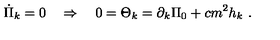
\dot { \Pi } _ { k } = 0 \quad \Rightarrow \quad 0 = \Theta _ { k } = \partial _ { k } \Pi _ { 0 } + c m ^ { 2 } h _ { k } \ .